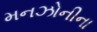
મનઝોનીના